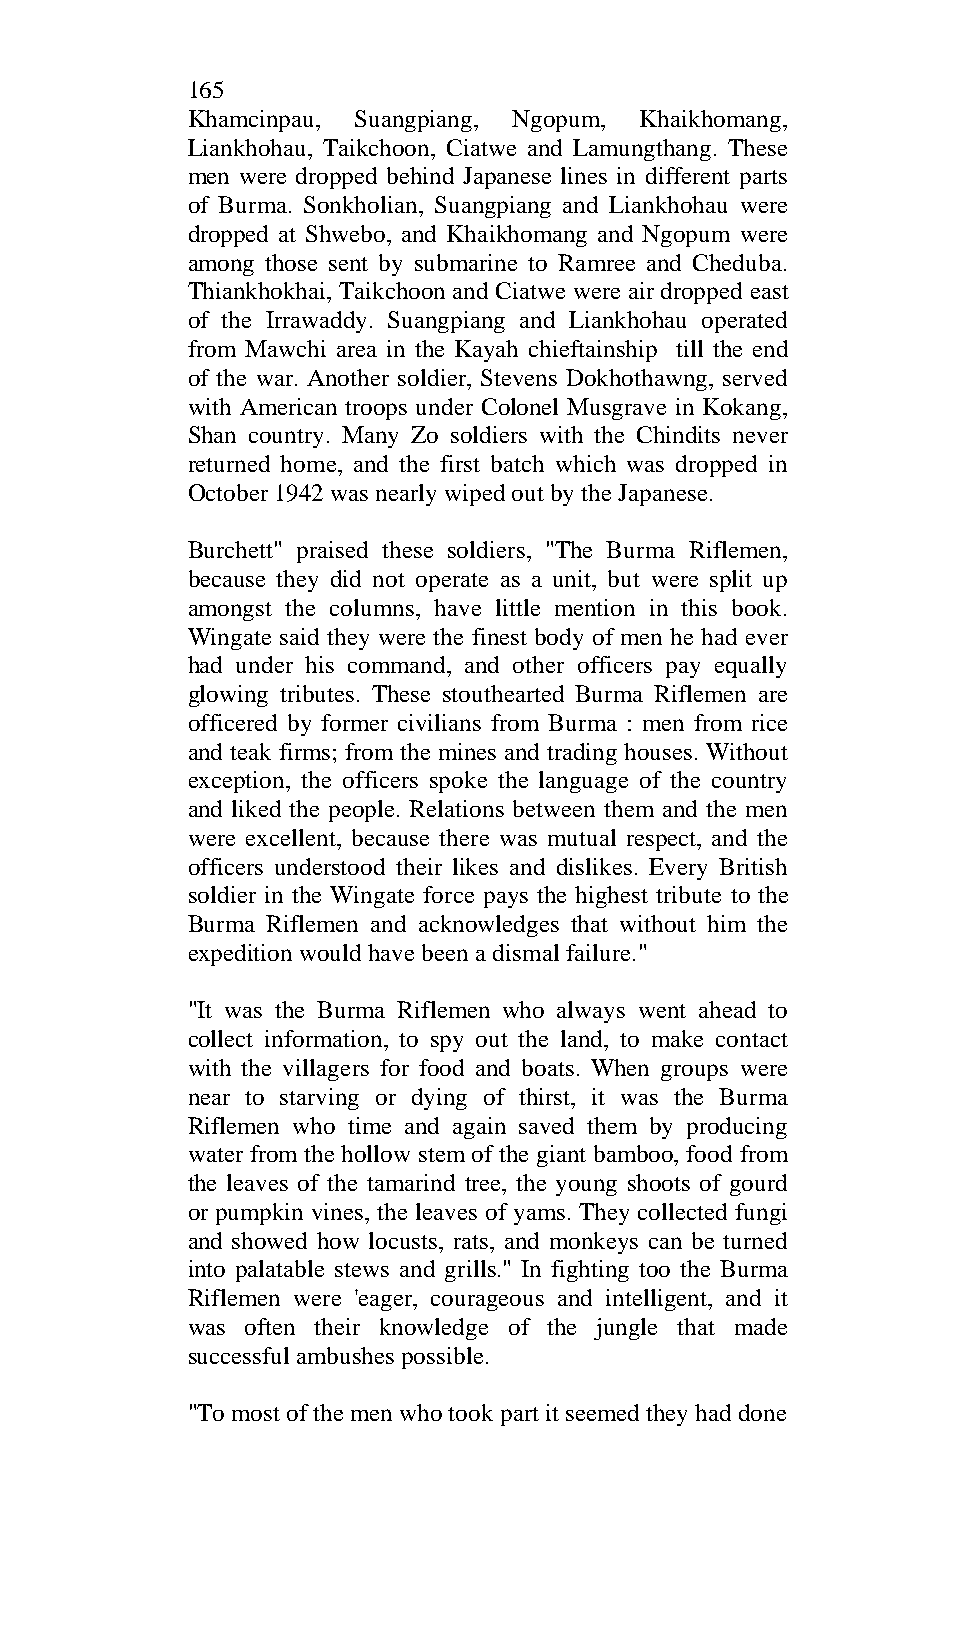
165
 Khamcinpau, Suangpiang, Ngopum, Khaikhomang,
 Liankhohau, Taikchoon, Ciatwe and Lamungthang. These
 men were dropped behind Japanese lines in different parts
 of Burma. Sonkholian, Suangpiang and Liankhohau were
 dropped at Shwebo, and Khaikhomang and Ngopum were
 among those sent by submarine to Ramree and Cheduba.
 Thiankhokhai, Taikchoon and Ciatwe were air dropped east
 of the Irrawaddy. Suangpiang and Liankhohau operated
 from Mawchi area in the Kayah chieftainship till the end
 of the war. Another soldier, Stevens Dokhothawng, served
 with American troops under Colonel Musgrave in Kokang,
 Shan country. Many Zo soldiers with the Chindits never
 returned home, and the first batch which was dropped in
 October 1942 was nearly wiped out by the Japanese.
 Burchett" praised these soldiers, "The Burma Riflemen,
 because they did not operate as a unit, but were split up
 amongst the columns, have little mention in this book.
 Wingate said they were the finest body of men he had ever
 had under his command, and other officers pay equally
 glowing tributes. These stouthearted Burma Riflemen are
 officered by former civilians from Burma : men from rice
 and teak firms; from the mines and trading houses. Without
 exception, the officers spoke the language of the country
 and liked the people. Relations between them and the men
 were excellent, because there was mutual respect, and the
 officers understood their likes and dislikes. Every British
 soldier in the Wingate force pays the highest tribute to the
 Burma Riflemen and acknowledges that without him the
 expedition would have been a dismal failure."
 "It was the Burma Riflemen who always went ahead to
 collect information, to spy out the land, to make contact
 with the villagers for food and boats. When groups were
 near to starving or dying of thirst, it was the Burma
 Riflemen who time and again saved them by producing
 water from the hollow stem of the giant bamboo, food from
 the leaves of the tamarind tree, the young shoots of gourd
 or pumpkin vines, the leaves of yams. They collected fungi
 and showed how locusts, rats, and monkeys can be turned
 into palatable stews and grills." In fighting too the Burma
 Riflemen were 'eager, courageous and intelligent, and it
 was often their knowledge of the jungle that made
 successful ambushes possible.
 "To most of the men who took part it seemed they had done